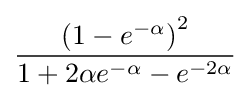
{\frac {{(1-e^{-\alpha })}^{2}}{1+2\alpha e^{-\alpha }-e^{-2\alpha }}}